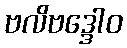
ဗလိဗဒ္ဒေါဝ